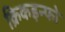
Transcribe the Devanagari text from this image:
क्रिकइन्फो